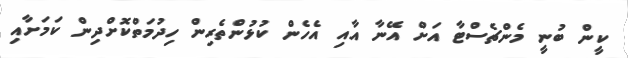
ކީން ބުނީ މެންޗެސްޓާ އަށް އޭނާ އާއި އެހެން ކުޅުންތެރިން ހިދުމަތްކޮށްދިން ކަމަށާއި